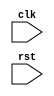
module wb(
	input clk,
	input rst
);

	always @ (posedge clk) begin
	end

	always @ (posedge clk) begin
	end
endmodule